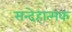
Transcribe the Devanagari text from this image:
सन्देहात्मक